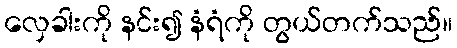
လှေခါးကို နင်း၍ နံရံကို တွယ်တက်သည်။